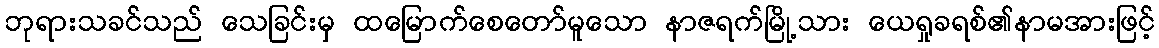
ဘုရားသခင်သည် သေခြင်းမှ ထမြောက်စေတော်မူသော နာဇရက်မြို့သား ယေရှုခရစ်၏နာမအားဖြင့်